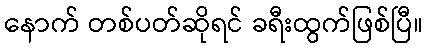
နောက် တစ်ပတ်ဆိုရင် ခရီးထွက်ဖြစ်ပြီ။